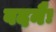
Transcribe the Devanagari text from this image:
वदनैः